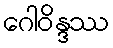
ဂေါဝိန္ဒဿ